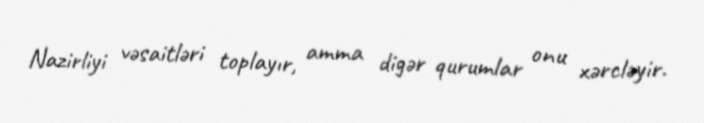
Nazirliyi vəsaitləri toplayır, amma digər qurumlar onu xərcləyir.